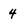
Character: 4